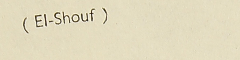
(El-Shouf)